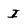
Character: I